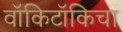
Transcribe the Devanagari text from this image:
वॉकिटॉकिचा